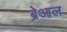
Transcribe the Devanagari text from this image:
ब्रेआल